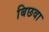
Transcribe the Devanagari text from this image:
बिछवा